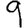
Digit: 9